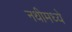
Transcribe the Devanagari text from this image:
नथीमध्ये